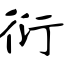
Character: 衍